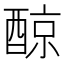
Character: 䣼